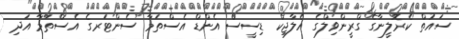
ސައުތް ކެރޮލީނާގެ ގްރީންވިލްގެ އެލާޖިކް ޑިސީސް އެންޑް އެސްތަމާ ސެންޓަރގެ އެސްތަމާ އަދި